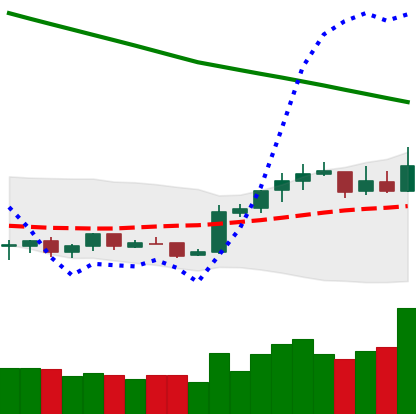
Ticker: NEO-USD
Chart end date: 2019-02-17
Forward return: 4.885%
Label: up_3_5